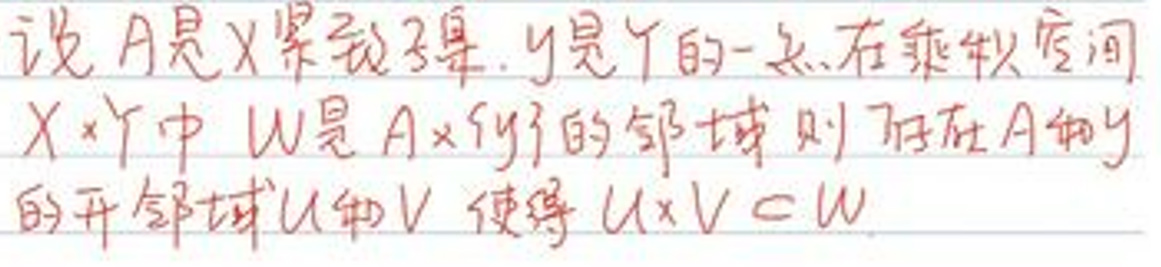
设$A$是$X$紧致子集，$y$是$Y$的一点，在乘积空间$X\times Y$中，$W$是$A\times\{y\}$的邻域，则存在$A$和$y$的开邻域$U$和$V$，使得$U\times V\subset W$。